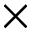
\times